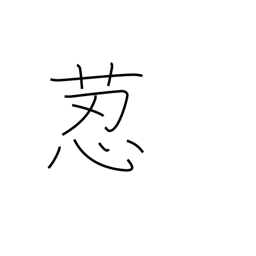
Meaning: hare's foot fern